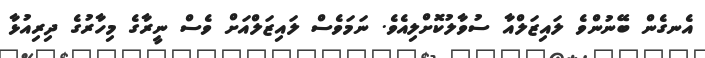
އެނގެން ބޭނުންވެ ލައިޒަލްއާ ސުވާލުކޮށްލިއެވެ. ނަމަވެސް ލައިޒަލްއަށް ވެސް ނީރާގެ މިހާރުގެ ދިރިއުޅާ